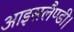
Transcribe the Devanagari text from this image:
आइसलैण्डी।